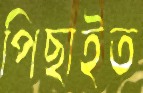
পিছাইত